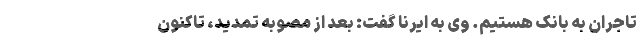
تاجران به بانک هستیم. وی به ایرنا گفت: بعد از مصوبه تمدید، تاکنون